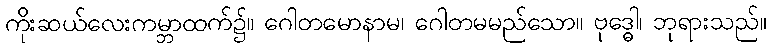
ကိုးဆယ်လေးကမ္ဘာထက်၌။ ဂေါတမောနာမ၊ ဂေါတမမည်သော။ ဗုဒ္ဓေါ၊ ဘုရားသည်။